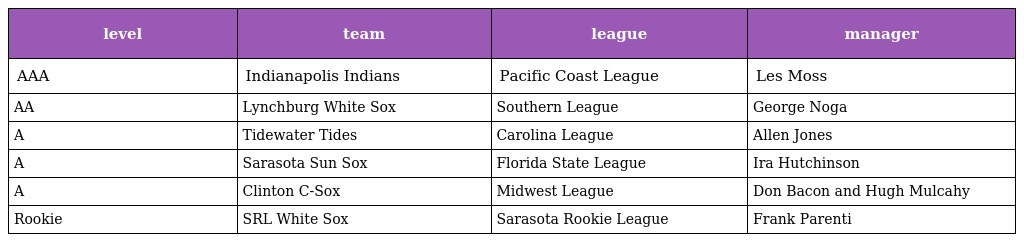
| level | team | league | manager |
 | --- | --- | --- | --- |
 | AAA | Indianapolis Indians | Pacific Coast League | Les Moss |
 | AA | Lynchburg White Sox | Southern League | George Noga |
 | A | Tidewater Tides | Carolina League | Allen Jones |
 | A | Sarasota Sun Sox | Florida State League | Ira Hutchinson |
 | A | Clinton C-Sox | Midwest League | Don Bacon and Hugh Mulcahy |
 | Rookie | SRL White Sox | Sarasota Rookie League | Frank Parenti |